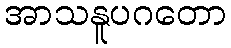
အာသနူပဂတော